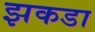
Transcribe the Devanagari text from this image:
झकडा